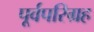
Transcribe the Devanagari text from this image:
पूर्वपरिग्रह